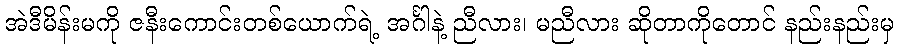
အဲဒီမိန်းမကို ဇနီးကောင်းတစ်ယောက်ရဲ့ အင်္ဂါနဲ့ ညီလား၊ မညီလား ဆိုတာကိုတောင် နည်းနည်းမှ